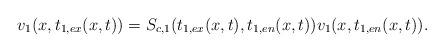
LaTeX: \begin{align*} v_1(x,t_{1,ex}(x,t)) =S_{c,1}(t_{1,ex}(x,t),t_{1,en}(x,t))v_1(x,t_{1,en}(x,t)). \end{align*}